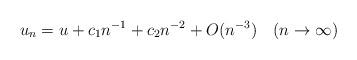
LaTeX: \begin{align*} u_n = u + c_1 n^{-1} + c_2 n^{-2} + O(n^{-3})\quad(n\to\infty)\end{align*}